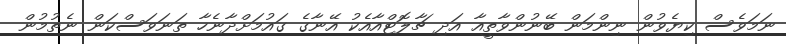
ނަމަވެސް ކިޔެވުން ނިންމަން ބޭނުންވާތީއާ އަދި ޗާލޮޓްއާއެކު އޭނާގެ ގައުމަށްދާނެހާ ތަނަވަސްކަން ނެތުމުން